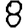
Digit: 8